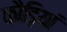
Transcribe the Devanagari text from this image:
कौड़ियां